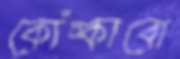
কোঁচ্‌কাবো